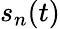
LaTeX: s_{n}(t)